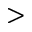
>